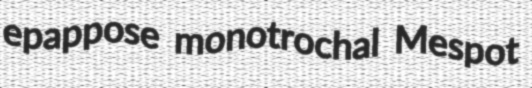
epappose monotrochal Mespot